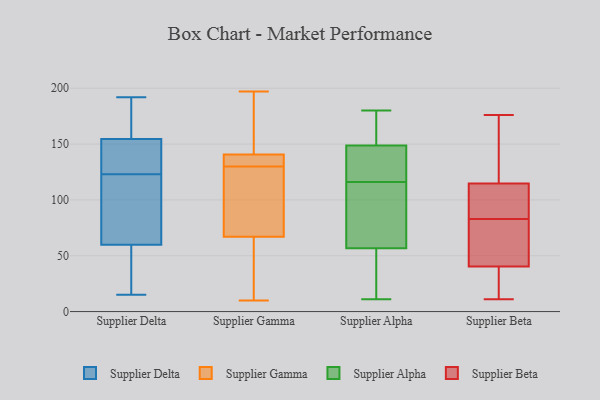
{"axis": {"x": "Conversion Rate (%)", "y": "Value"}, "legend": ["Supplier Alpha", "Supplier Beta", "Supplier Delta", "Supplier Gamma"], "data": [{"x": "", "y": 45, "type": "Supplier Delta"}, {"x": "", "y": 153, "type": "Supplier Delta"}, {"x": "", "y": 134, "type": "Supplier Delta"}, {"x": "", "y": 58, "type": "Supplier Delta"}, {"x": "", "y": 123, "type": "Supplier Delta"}, {"x": "", "y": 161, "type": "Supplier Delta"}, {"x": "", "y": 155, "type": "Supplier Delta"}, {"x": "", "y": 15, "type": "Supplier Delta"}, {"x": "", "y": 19, "type": "Supplier Delta"}, {"x": "", "y": 124, "type": "Supplier Delta"}, {"x": "", "y": 113, "type": "Supplier Delta"}, {"x": "", "y": 192, "type": "Supplier Delta"}, {"x": "", "y": 90, "type": "Supplier Delta"}, {"x": "", "y": 164, "type": "Supplier Delta"}, {"x": "", "y": 65, "type": "Supplier Delta"}, {"x": "", "y": 131, "type": "Supplier Gamma"}, {"x": "", "y": 10, "type": "Supplier Gamma"}, {"x": "", "y": 141, "type": "Supplier Gamma"}, {"x": "", "y": 175, "type": "Supplier Gamma"}, {"x": "", "y": 168, "type": "Supplier Gamma"}, {"x": "", "y": 129, "type": "Supplier Gamma"}, {"x": "", "y": 140, "type": "Supplier Gamma"}, {"x": "", "y": 56, "type": "Supplier Gamma"}, {"x": "", "y": 65, "type": "Supplier Gamma"}, {"x": "", "y": 73, "type": "Supplier Gamma"}, {"x": "", "y": 149, "type": "Supplier Gamma"}, {"x": "", "y": 131, "type": "Supplier Gamma"}, {"x": "", "y": 130, "type": "Supplier Gamma"}, {"x": "", "y": 82, "type": "Supplier Gamma"}, {"x": "", "y": 31, "type": "Supplier Gamma"}, {"x": "", "y": 138, "type": "Supplier Gamma"}, {"x": "", "y": 43, "type": "Supplier Gamma"}, {"x": "", "y": 112, "type": "Supplier Gamma"}, {"x": "", "y": 197, "type": "Supplier Gamma"}, {"x": "", "y": 116, "type": "Supplier Alpha"}, {"x": "", "y": 139, "type": "Supplier Alpha"}, {"x": "", "y": 180, "type": "Supplier Alpha"}, {"x": "", "y": 56, "type": "Supplier Alpha"}, {"x": "", "y": 145, "type": "Supplier Alpha"}, {"x": "", "y": 59, "type": "Supplier Alpha"}, {"x": "", "y": 92, "type": "Supplier Alpha"}, {"x": "", "y": 150, "type": "Supplier Alpha"}, {"x": "", "y": 168, "type": "Supplier Alpha"}, {"x": "", "y": 28, "type": "Supplier Alpha"}, {"x": "", "y": 11, "type": "Supplier Alpha"}, {"x": "", "y": 24, "type": "Supplier Beta"}, {"x": "", "y": 83, "type": "Supplier Beta"}, {"x": "", "y": 115, "type": "Supplier Beta"}, {"x": "", "y": 109, "type": "Supplier Beta"}, {"x": "", "y": 114, "type": "Supplier Beta"}, {"x": "", "y": 176, "type": "Supplier Beta"}, {"x": "", "y": 152, "type": "Supplier Beta"}, {"x": "", "y": 11, "type": "Supplier Beta"}, {"x": "", "y": 71, "type": "Supplier Beta"}, {"x": "", "y": 108, "type": "Supplier Beta"}, {"x": "", "y": 163, "type": "Supplier Beta"}, {"x": "", "y": 65, "type": "Supplier Beta"}, {"x": "", "y": 37, "type": "Supplier Beta"}, {"x": "", "y": 171, "type": "Supplier Beta"}, {"x": "", "y": 12, "type": "Supplier Beta"}, {"x": "", "y": 73, "type": "Supplier Beta"}, {"x": "", "y": 22, "type": "Supplier Beta"}, {"x": "", "y": 105, "type": "Supplier Beta"}, {"x": "", "y": 50, "type": "Supplier Beta"}]}